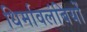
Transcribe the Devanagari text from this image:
धिर्मावलंबियों